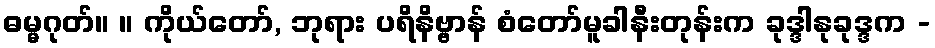
ဓမ္မဂုတ်။ ။ ကိုယ်တော်, ဘုရား ပရိနိဗ္ဗာန် စံတော်မူခါနီးတုန်းက ခုဒ္ဒါနုခုဒ္ဒက -